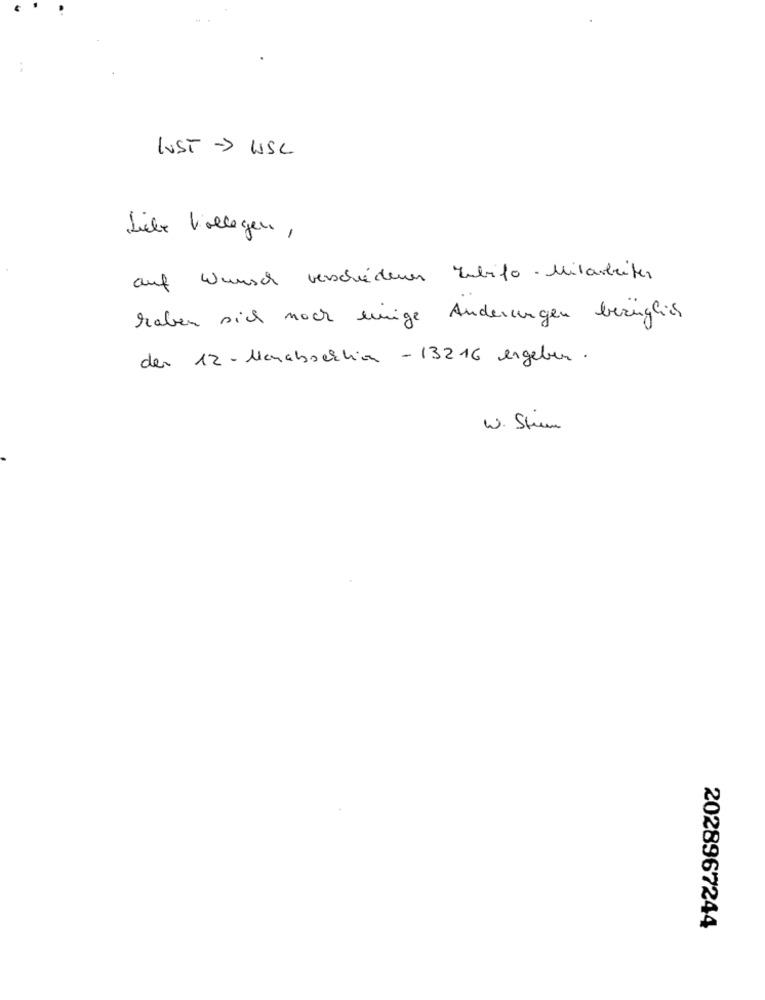
LUST -> WSC
Liebe Vollegen ,
auf Wunsch verschiedenen Zubifo - Mitarbeiter
haben sich noch einige Anderungen bezüglich
der 12 - Menabsection - 13216 ergeben .
W. Steen
2028967244